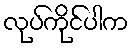
လုပ်ကိုင်ပါက